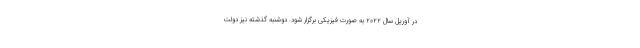
در آوریل سال ۲۰۲۲ به صورت فیزیکی برگزار شود. دوشنبه گذشته نیز دولت